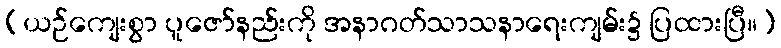
(ယဉ်ကျေးစွာ ပူဇော်နည်းကို အနာဂတ်သာသနာရေးကျမ်း၌ ပြထားပြီ။)